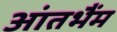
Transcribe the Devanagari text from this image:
आंतभैंम